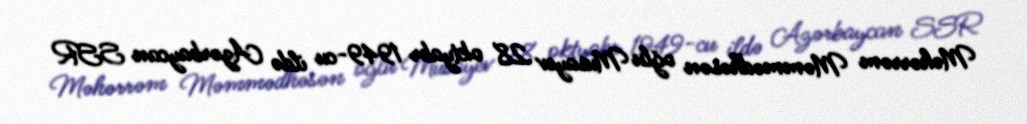
Məhərrəm Məmmədhəsən oğlu Musayev 28 oktyabr 1949-cu ildə Azərbaycan SSR